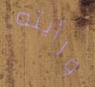
ورأيته